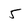
Character: 5